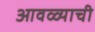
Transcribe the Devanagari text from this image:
आवळ्याची